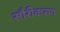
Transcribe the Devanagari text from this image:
सौरीकरण